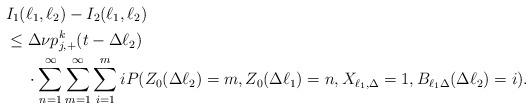
LaTeX: \begin{align*}&I_1(\ell_1,\ell_2)-I_2(\ell_1,\ell_2) \\&\leq\Delta\nu p^k_{j,+}(t-\Delta \ell_2) \\&\quad\; \cdot \sum_{n=1}^\infty \sum_{m=1}^\infty \sum_{i=1}^m i P(Z_0(\Delta\ell_2)=m,Z_0(\Delta \ell_1)=n,X_{\ell_1,\Delta} = 1,B_{\ell_1\Delta}(\Delta\ell_2)=i).\end{align*}